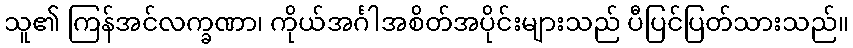
သူ၏ ကြန်အင်လက္ခဏာ၊ ကိုယ်အင်္ဂါအစိတ်အပိုင်းများသည် ပီပြင်ပြတ်သားသည်။